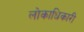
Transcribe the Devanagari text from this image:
लोकाधिकारी